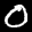
Label: 0